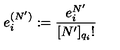
e _ { i } ^ { ( N ^ { \prime } ) } : = \frac { e _ { i } ^ { N ^ { \prime } } } { [ N ^ { \prime } ] _ { q _ { i } } ! }